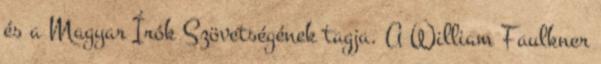
és a Magyar Írók Szövetségének tagja. A William Faulkner